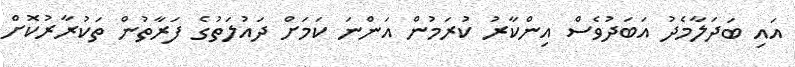
އައި ބަދަލާމެދު އަބަދުވެސް އިންކާރު ކުރަމުން އަންނަ ކަމަށް ދައުލަތުގެ ފަރާތުން ތަކުރާރުކޮށް